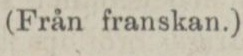
(Från franskan.)